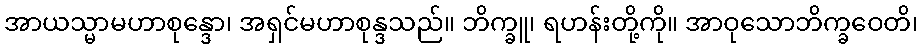
အာယသ္မာမဟာစုန္ဒော၊ အရှင်မဟာစုန္ဒသည်။ ဘိက္ခူ၊ ရဟန်းတို့ကို။ အာဝုသောဘိက္ခဝေတိ၊